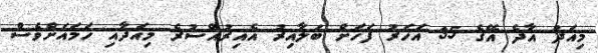
މިއަދު އާދެ އޭގެ 35 އަހަރު ފަހަށް ބަލާއިރު އެއިރުއްސުރެ މިއަދާއި ހަމައަށްވެސް